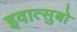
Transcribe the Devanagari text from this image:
इवात्सुबो